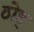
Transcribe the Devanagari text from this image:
ठोड्